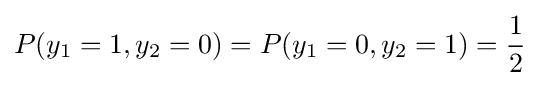
P(y_{1}=1,y_{2}=0)=P(y_{1}=0,y_{2}=1)={\frac {1}{2}}